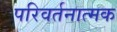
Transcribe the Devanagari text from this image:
परिवर्तनात्मक